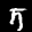
Label: 5